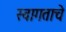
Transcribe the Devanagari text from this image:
स्वागताचे